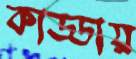
কাড্ডায়